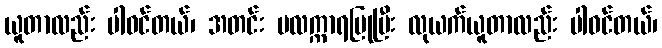
ယူတာလည်း ပါဝင်တယ်၊ အတင်း ဗလက္ကာရပြုပြီး လုယက်ယူတာလည်း ပါဝင်တယ်၊